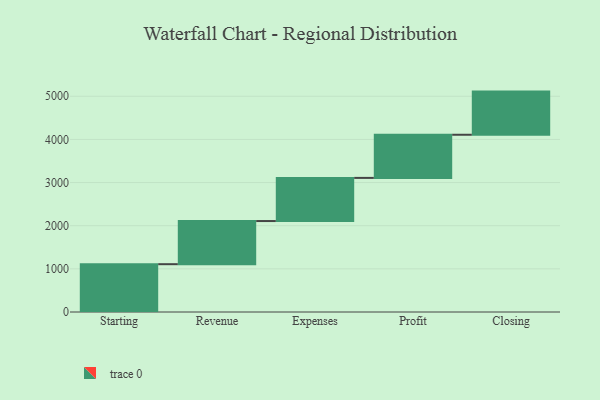
{"axis": {"x": "Step", "y": "Value"}, "legend": [""], "data": [{"x": "Starting", "y": 1108.0, "type": ""}, {"x": "Revenue", "y": 1000, "type": ""}, {"x": "Expenses", "y": 1000, "type": ""}, {"x": "Profit", "y": 1000, "type": ""}, {"x": "Closing", "y": 1000, "type": ""}]}